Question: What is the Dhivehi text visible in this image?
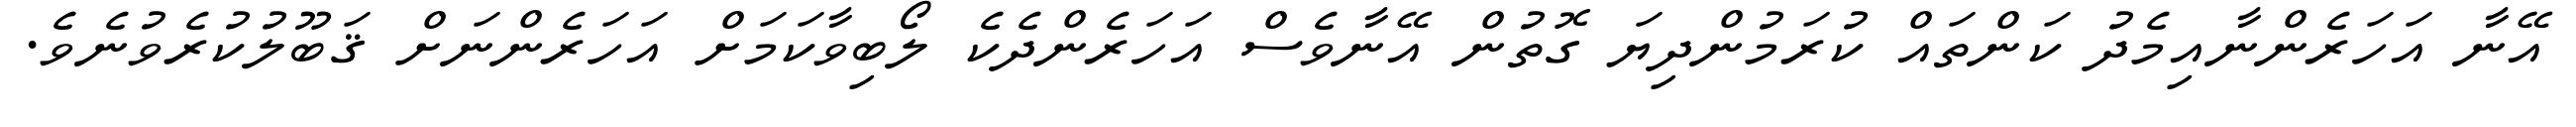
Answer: އޭނާ އަހަރެންނާއިމެދު ކަންތައް ކުރަމުންދިޔަ ގޮތުން އޭނާވެސް އަހަރެންދެކެ ލޯބިވާކަމަށް އަހަރެންނަށް ޤަބޫލުކުރެވުނެވެ.